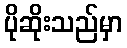
ပိုဆိုးသည်မှာ